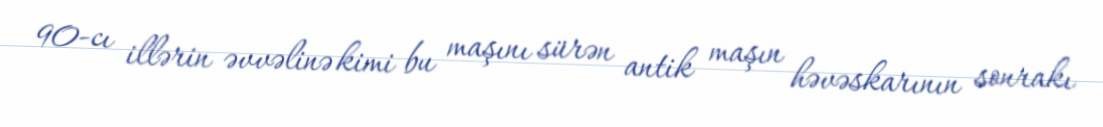
90-cı illərin əvvəlinə kimi bu maşını sürən antik maşın həvəskarının sonrakı